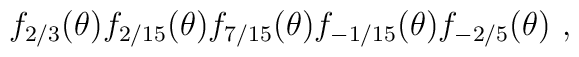
f_{2/3}(\theta )f_{2/15}(\theta )f_{7/15}(\theta )f_{-1/15}(\theta )f_{-2/5}(\theta )\ ,